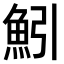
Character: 𫙒